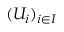
( U _ { i } ) _ { i \in I }